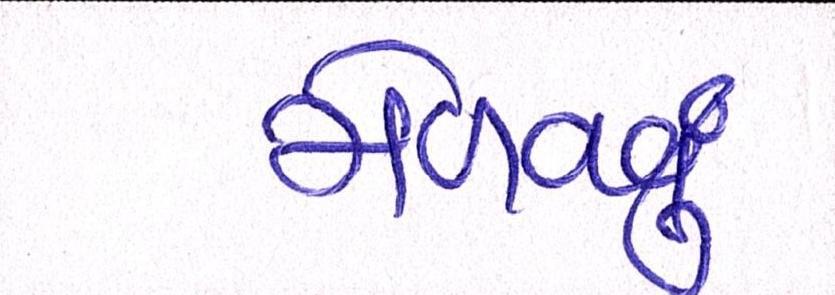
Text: મેળવવું